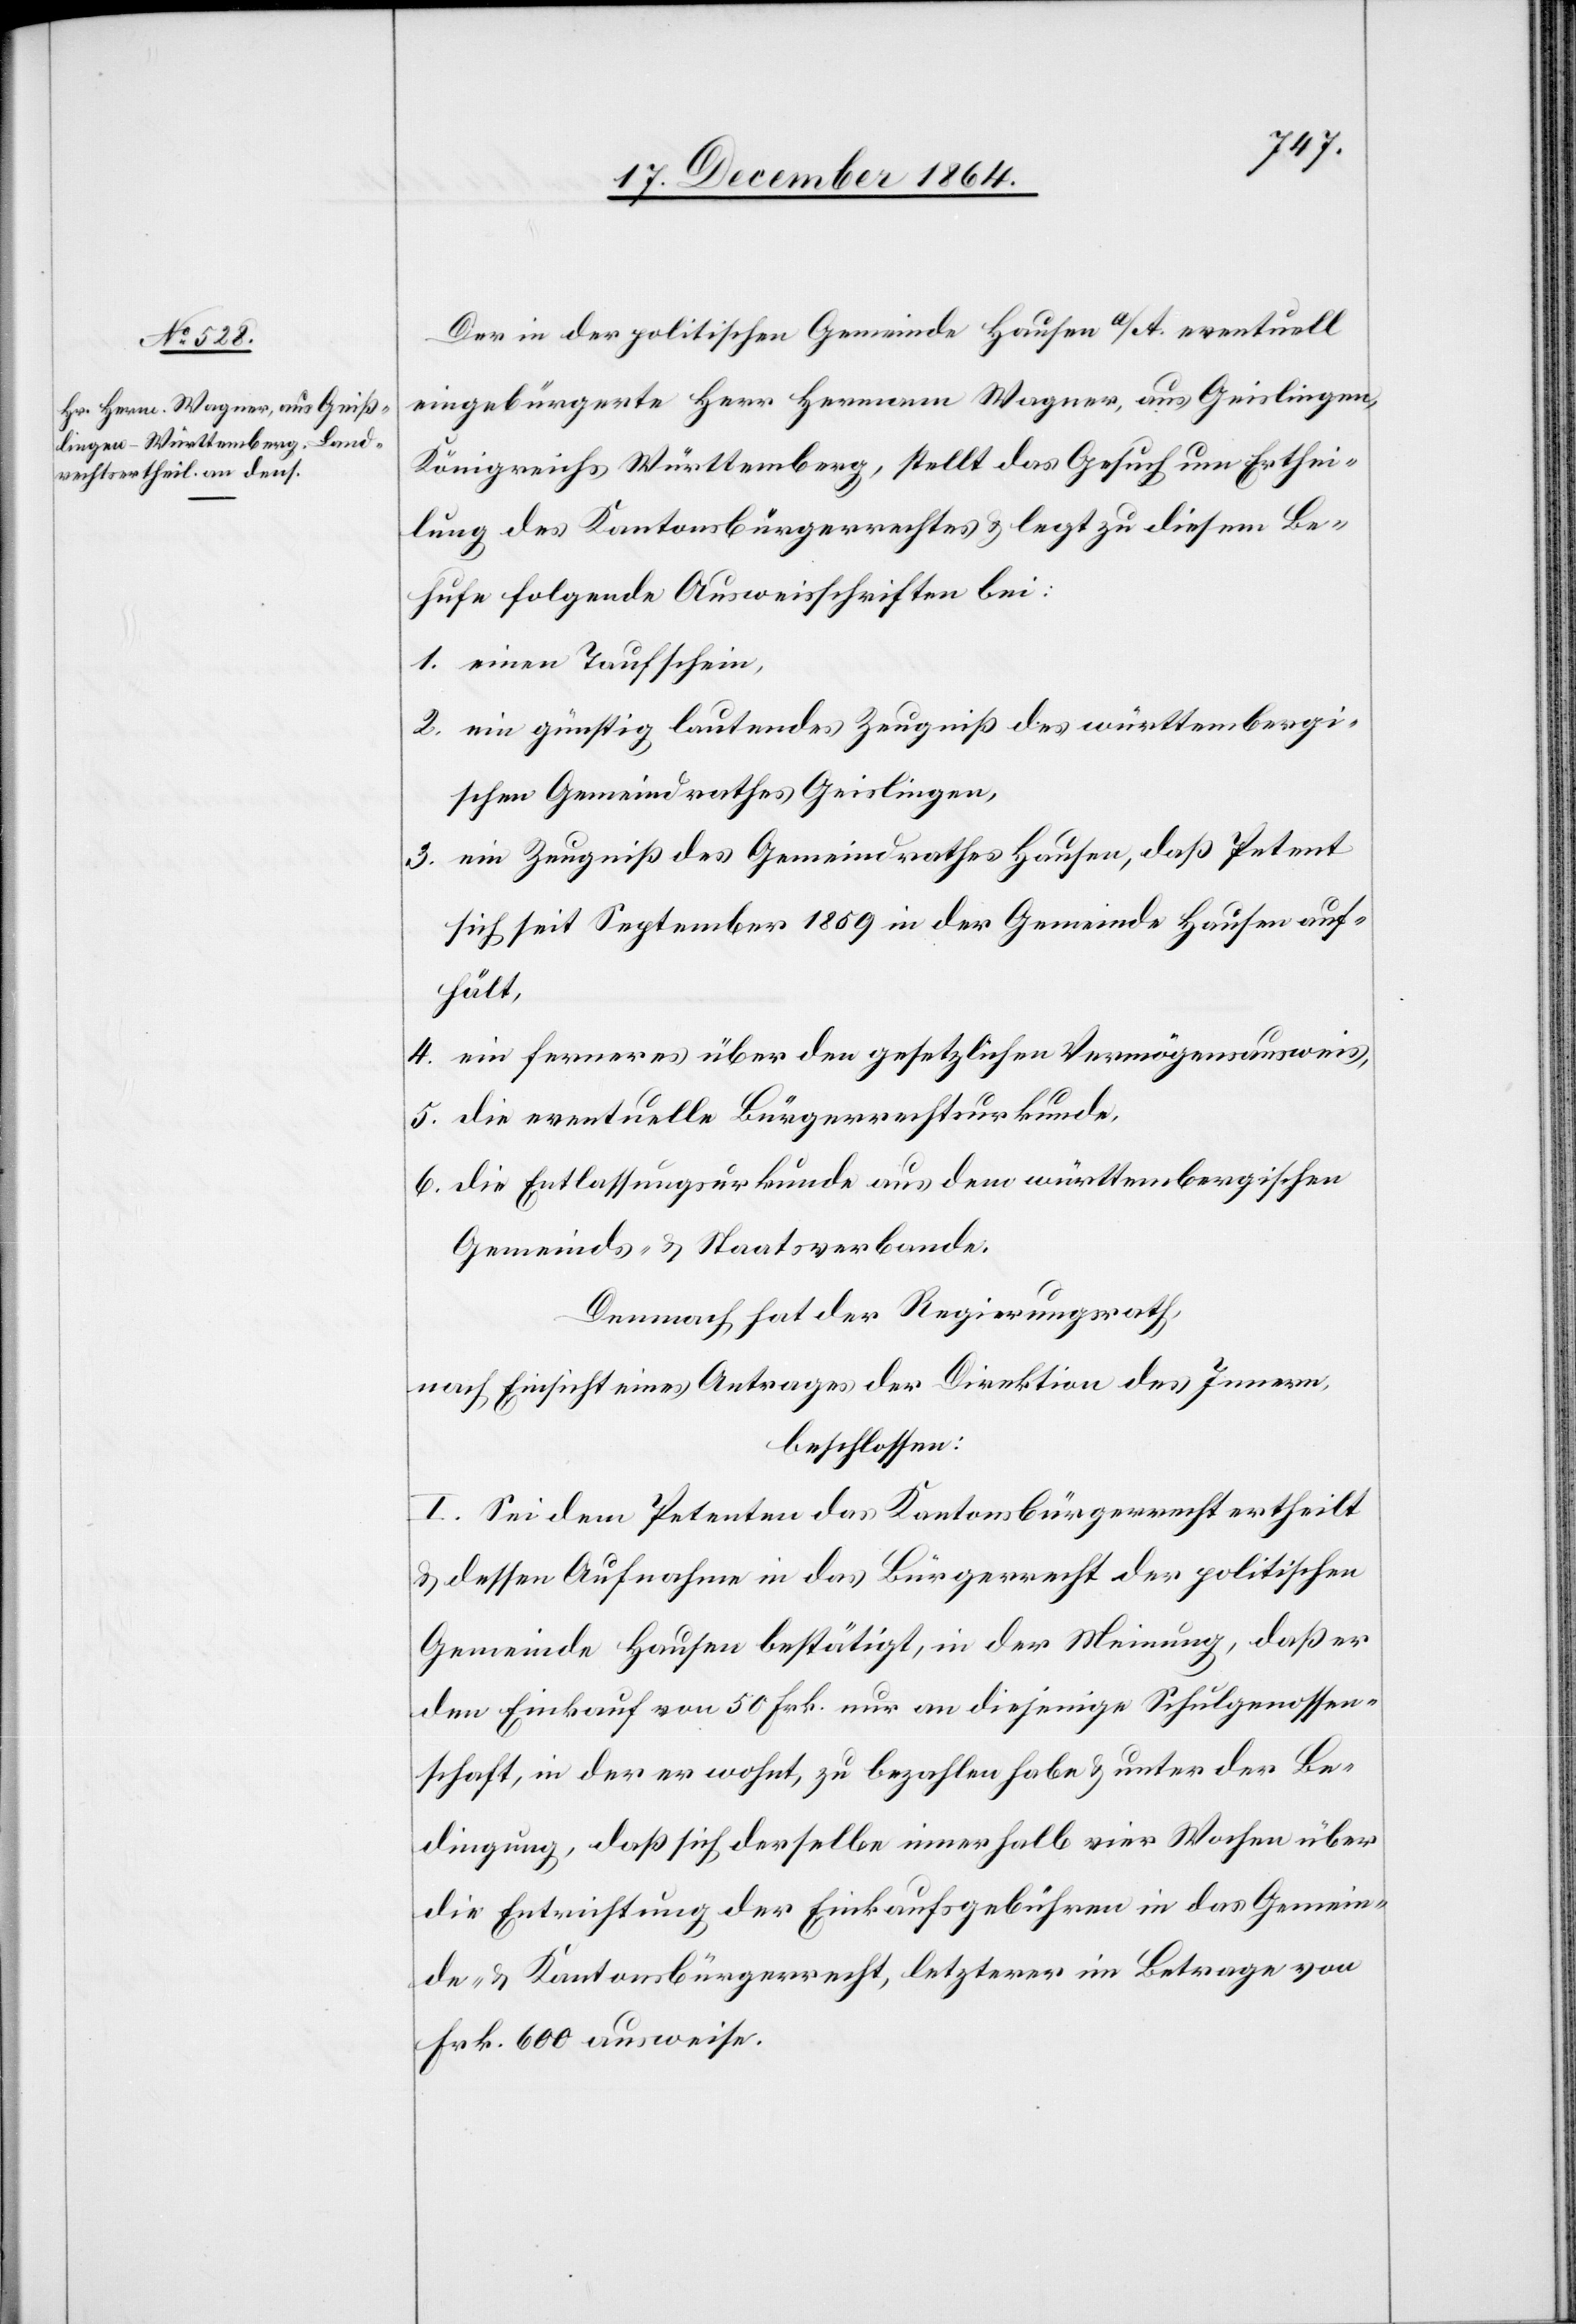
Der in der politischen Gemeinde Hausen a/A eventuell
eingebürgerte Herr Hermann Wagner, aus Geislingen
Königreichs Württemberg, stellt das Gesuch um Erthei¬
lung des Kantonsbürgerrechtes & legt zu diesem Be¬
hufe folgende Ausweisschriften bei:
1. einen Taufschein,
2. ein günstig lautendes Zeugniß des württembergi¬
schen Gemeindrathes Geislingen,
3. ein Zeugnis des Gemeindrathes Hausen, daß Petent
sich seit September 1859 in der Gemeinde Hausen auf¬
hält,
4. eine ferneres über den gesetzlichen Vermögensausweis,
5. die eventuelle Bürgerrechtsurkunde,
6. die Entlassungsurkunde aus dem württembergischen
Gemeinds- & Staatsverbande.
Demnach hat der Regierungsrath,
nach Einsicht eines Antrages der Direktion des Innern,
beschlossen:
I. Sei dem Petenten das Kantonsbürgerrecht ertheilt
& dessen Aufnahme in das Bürgerrecht der politischen
Gemeinde Hausen bestätigt, in der Meinung, daß er
den Einkauf von 50 Frk. nur an diejenige Schulgenossen¬
schaft, in der er wohnt, zu bezahlen habe & unter der Be¬
dingung, daß sich derselbe innerhalb vier Wochen über
die Entrichtung der Einkaufsgebühren in das Gemein¬
de- und Kantonsbürgerrecht, letzterer im Betrage von
Frk. 600 ausweise.